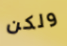
ولكن